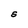
Character: S